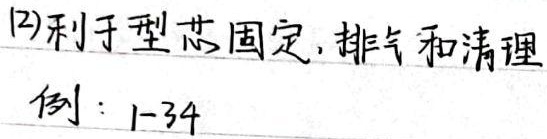
(2)利于型芯固定, 排气和清理。例：1 - 34